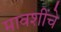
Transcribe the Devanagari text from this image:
मावशींचे